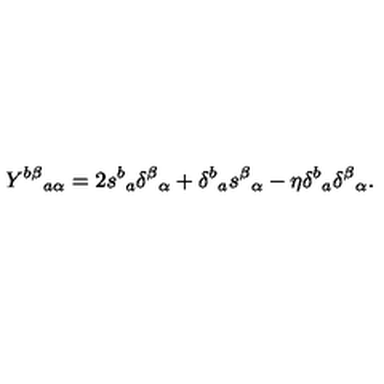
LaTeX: Y ^ { b \beta } { } _ { a \alpha } = 2 s ^ { b } { } _ { a } \delta ^ { \beta } { } _ { \alpha } + \delta ^ { b } { } _ { a } s ^ { \beta } { } _ { \alpha } - \eta \delta ^ { b } { } _ { a } \delta ^ { \beta } { } _ { \alpha } .